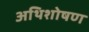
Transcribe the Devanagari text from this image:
अथिशोषण